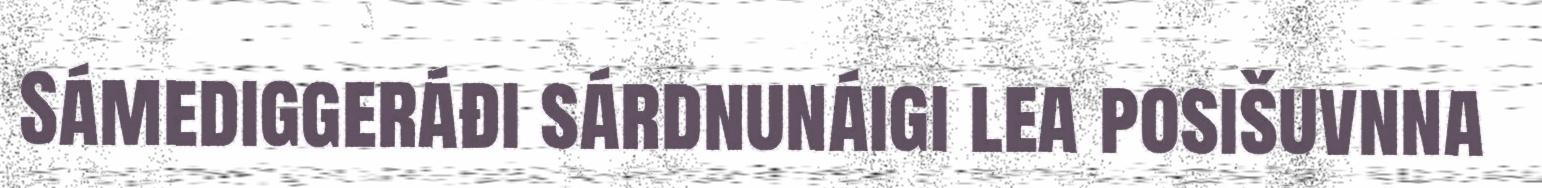
Sámediggeráđi sárdnunáigi lea posišuvnna